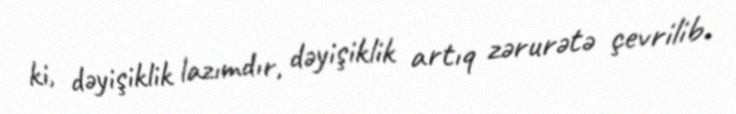
ki, dəyişiklik lazımdır, dəyişiklik artıq zərurətə çevrilib.